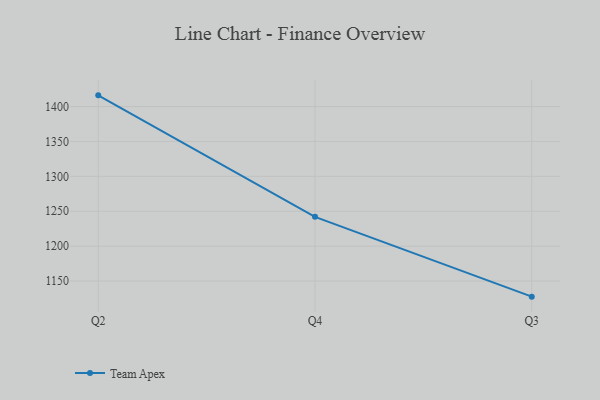
{"axis": {"x": "Quarter", "y": "Website Visitors"}, "legend": ["Team Apex"], "data": [{"x": "Q2", "y": 1416.0, "type": "Team Apex"}, {"x": "Q4", "y": 1241.9, "type": "Team Apex"}, {"x": "Q3", "y": 1127.6, "type": "Team Apex"}]}